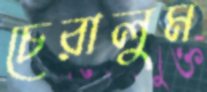
চেরালুম